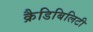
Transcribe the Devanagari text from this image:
क्रैडिबिलिटी